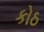
કોઠ